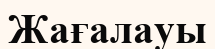
Жағалауы